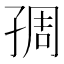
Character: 𡥱